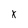
Character: k